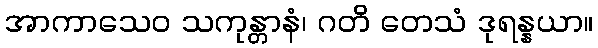
အာကာသေဝ သကုန္တာနံ၊ ဂတိ တေသံ ဒုရန္နယာ။